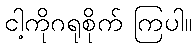
ငါ့ကိုဂရုစိုက် ကြပါ။